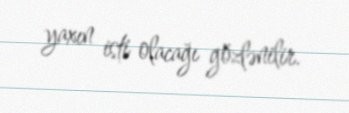
yaxın isti olacağı gözlənilir.